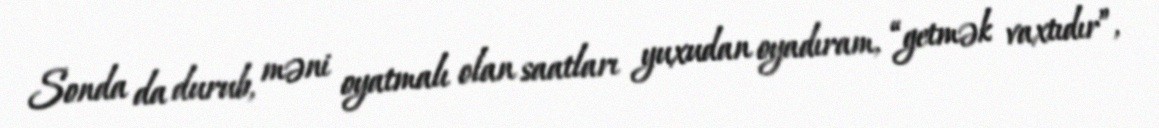
Sonda da durub, məni oyatmalı olan saatları yuxudan oyadıram, “getmək vaxtıdır”,